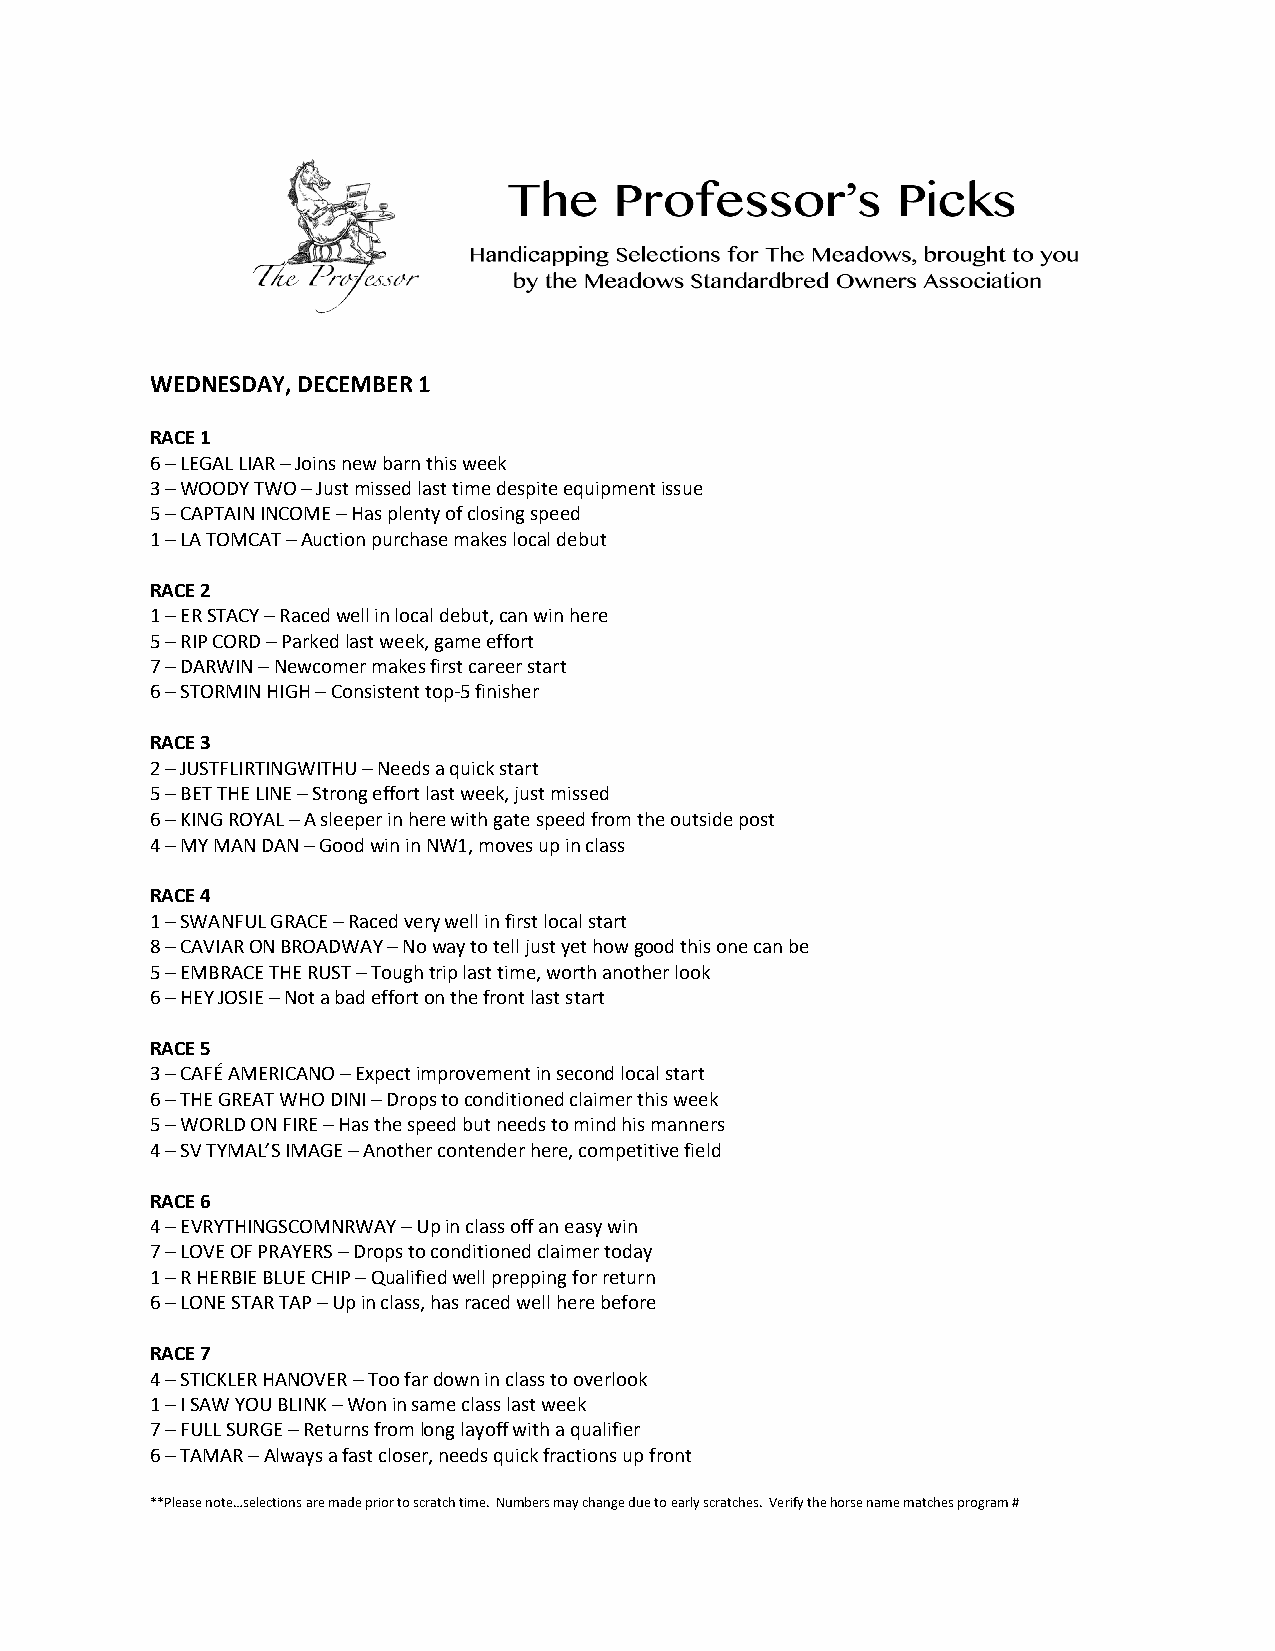
WEDNESDAY, DECEMBER 1
 RACE 1
 6 – LEGAL LIAR – Joins new barn this week
 3 – WOODY TWO – Just missed last time despite equipment issue
 5 – CAPTAIN INCOME – Has plenty of closing speed
 1 – LA TOMCAT – Auction purchase makes local debut
 RACE 2
 1 – ER STACY – Raced well in local debut, can win here
 5 – RIP CORD – Parked last week, game effort
 7 – DARWIN – Newcomer makes first career start
 6 – STORMIN HIGH – Consistent top-5 finisher
 RACE 3
 2 – JUSTFLIRTINGWITHU – Needs a quick start
 5 – BET THE LINE – Strong effort last week, just missed
 6 – KING ROYAL – A sleeper in here with gate speed from the outside post
 4 – MY MAN DAN – Good win in NW1, moves up in class
 RACE 4
 1 – SWANFUL GRACE – Raced very well in first local start
 8 – CAVIAR ON BROADWAY – No way to tell just yet how good this one can be
 5 – EMBRACE THE RUST – Tough trip last time, worth another look
 6 – HEY JOSIE – Not a bad effort on the front last start
 RACE 5
 3 – CAFÉ AMERICANO – Expect improvement in second local start
 6 – THE GREAT WHO DINI – Drops to conditioned claimer this week
 5 – WORLD ON FIRE – Has the speed but needs to mind his manners
 4 – SV TYMAL’S IMAGE – Another contender here, competitive field
 RACE 6
 4 – EVRYTHINGSCOMNRWAY – Up in class off an easy win
 7 – LOVE OF PRAYERS – Drops to conditioned claimer today
 1 – R HERBIE BLUE CHIP – Qualified well prepping for return
 6 – LONE STAR TAP – Up in class, has raced well here before
 RACE 7
 4 – STICKLER HANOVER – Too far down in class to overlook
 1 – I SAW YOU BLINK – Won in same class last week
 7 – FULL SURGE – Returns from long layoff with a qualifier
 6 – TAMAR – Always a fast closer, needs quick fractions up front
 **Please note…selections are made prior to scratch time. Numbers may change due to early scratches. Verify the horse name matches program #